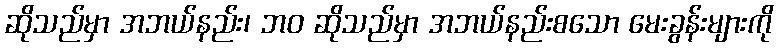
ဆိုသည်မှာ အဘယ်နည်း၊ ဘဝ ဆိုသည်မှာ အဘယ်နည်းစသော မေးခွန်းများကို